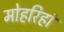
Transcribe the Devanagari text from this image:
मोहरिहां